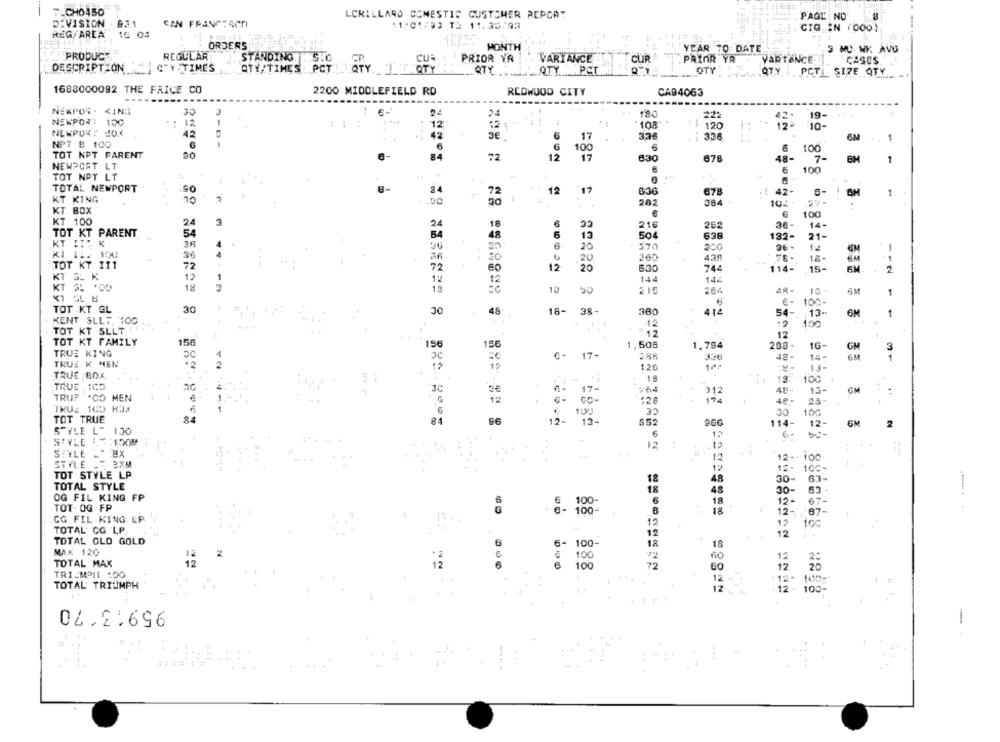
7LCH0450
LCRILLARD DOMESTIC CUSTOMER AEPCAT
DIVISION . 931
CAN FRANCESCA
PAGE NO
11/01/93 13 11.30/93
CIG IN (000)
REG/AREA 15 04
ORDERS
MONTH
YEAR 70 DATE
3 MD WK AVU
PRODUCT
REGULAR
STANDING SLO
CR
CUR
PRIOR YA
VARI ANCE
CUR A
PRIOR YR
PARTANCE
CASUS
CTY TIMES
DESCRIPTION
QTY/TIMES :PCT QTY. JE QTY
QTY
QTY. PCT
OTY
QTY ,PCT SIZE QTY
1688000092 THE PRICE CO
2200 MIDDLEFIELD RD
REDWOOD CITY
CA94063
NEWPOR . KING
30
E-
24
24
180
42: 19-
NEWPOR: 100
12
12
..
10 -
NEWPORT JOK
42
.--
42
6
17
336
:.
6M
0
1
NPT B 100
6
6
100
6
100
TOT NPT PARENT
6-
72
12
17
630
678
7 -
BM
NEWPORT LT
6
100
TOT NPT LT
TOTAL NEWPORT
90
8-
8-
34
12
17
678
: 42-
8-
1
KT KING
10
.90
282
384
102
KT BOX
6
100
KT 100
24
3
18
6
216
262
36-
14-
TOT KT PARENT
54
48
6
13
504
638
132-
21-
K
35
570
96
20
96-
12
KI 11/ 100
36
30
20
438
18-
--
TOT KT 111
72
72
12
20
sa
744
114- . 15-
EM
2
KT G_ K
12
1
12
12
144
144
KT 21 .00
18
3
15
215
264
10
KI GL B
6
6- 100-
TOT .KT GL
30
30
45
18-
38-
380
6M
KENT 3LLT, 100
414
54 -. 13-
13-
1
TOT KT SLLT
12
12
TOT KT FAMILY
156
156
156
1,505
1,794
200-
16-
GM
3
TRUE KING
3C
17-
288
336
42-
14-
1
TRUE K MEN
120
10+
13-
TRUE BOX
. 18
13.
100
TRUE , 105
3€
17
:64
312
15-
GM
TRUF CO MEN
12
15
126
174
4e-
23
TRUE 100 HOX
100
35
30
100
TOT TRUE
84
84
96
12-
13-
$52
966
114-
12-
2
STYLE L" 100
6
12
6-
bu-
STYLE :15OM
12
:
12
STYLE -_
12
12- - 100
STVI.E
= 2XM
12
12- 100-
TOT STYLE LP
18
48
30-
TOTAL STYLE
18
48
30-
OG FIL KING FP
6
100
6
18
12-
67-
TOT OG FP
100
B
18
12-
CG FIL KING EP
87 -
12
12
toc
TOTAL' CG LP
12
12
TOTAL OLD GOLD
6
6-
100-
18
18
MAX 120
12
2
100
72
60
TOTAL MAX
12
12
12
100
72
60
TRI MPIL :00
TOTAL TRIUMPH
105-
12~
95913 70
-